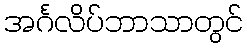
အင်္ဂလိပ်ဘာသာတွင်